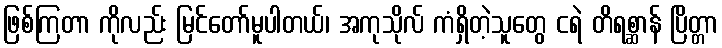
ဖြစ်ကြတာ ကိုလည်း မြင်တော်မူပါတယ်၊ အကုသိုလ် ကံရှိတဲ့သူတွေ ငရဲ တိရစ္ဆာန် ပြိတ္တာ